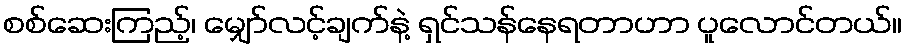
စစ်ဆေးကြည့်၊ မျှော်လင့်ချက်နဲ့ ရှင်သန်နေရတာဟာ ပူလောင်တယ်။